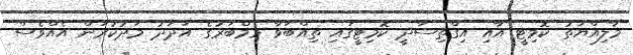
މާލިއްޔަތު ކޮމިޓީ އާއި އިގްތިސާދީ ކޮމިޓީގައި ތިއްބަވާ މެމްބަރުގެ އަދަދު މަދުކުރަން އެއްވެސް